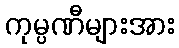
ကုမ္ပဏီများအား